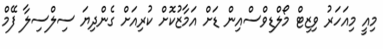
މިއީ މިއަހަރު ވިޒިޓް މޯލްޑިވްސްއިން ޑަށް އަމާޒުކޮށް ކުރިއަށް ގެންދިޔަ ސިލްސިލާ ފޭމް